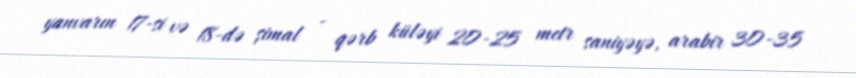
yanvarın 17-si və 18-də şimal - qərb küləyi 20-25 metr saniyəyə, arabir 30-35